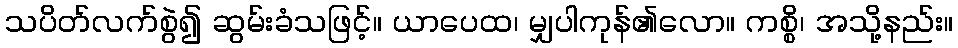
သပိတ်လက်စွဲ၍ ဆွမ်းခံသဖြင့်။ ယာပေထ၊ မျှပါကုန်၏လော။ ကစ္စိ၊ အသို့နည်း။